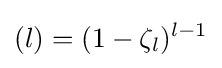
(l)=(1-\zeta _{l})^{l-1}